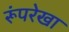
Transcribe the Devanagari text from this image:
रूंपरेखा